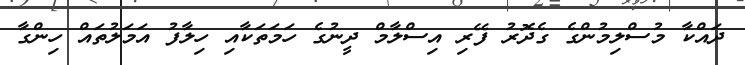
ދައްކާ މުސްލިމުންގެ ގެދޮރު ފޭރި އިސްލާމް ދީނުގެ ހަމަތަކާއި ހިލާފު އަމަލުތައް ހިންގާ